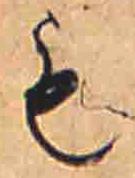
も